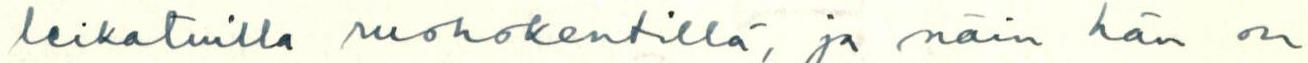
leikatuilla ruohokentillä, ja näin hän on